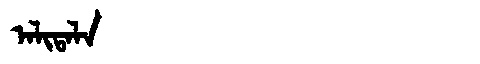
Manchu: ᠠᠯᡳᡨᠠᠯᠠ
Romanization: ALITALA